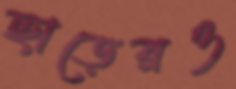
ছাড়েরও